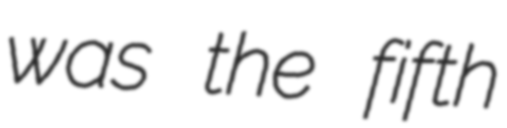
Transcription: was the fifth